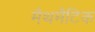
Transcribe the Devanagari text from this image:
मैथमैटिक